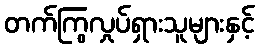
တက်ကြွလှုပ်ရှားသူများနှင့်